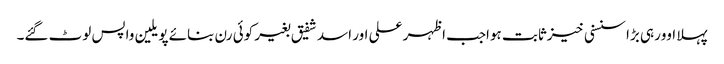
پہلا اوورہی بڑا سنسنی خیزثابت ہواجب اظہر علی اور اسد شفیق بغیر کوئی رن بنائے پویلین واپس لوٹ گئے۔